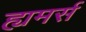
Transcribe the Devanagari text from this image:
ह्यमर्स